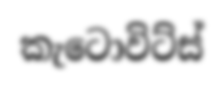
කැටොවිට්ස්